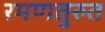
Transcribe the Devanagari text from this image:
रमणतुरुत